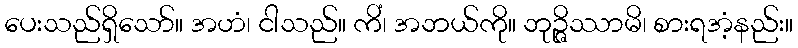
ပေးသည်ရှိသော်။ အဟံ၊ ငါသည်။ ကိံ၊ အဘယ်ကို။ ဘုဉ္ဇိဿာမိ၊ စားရအံ့နည်း။